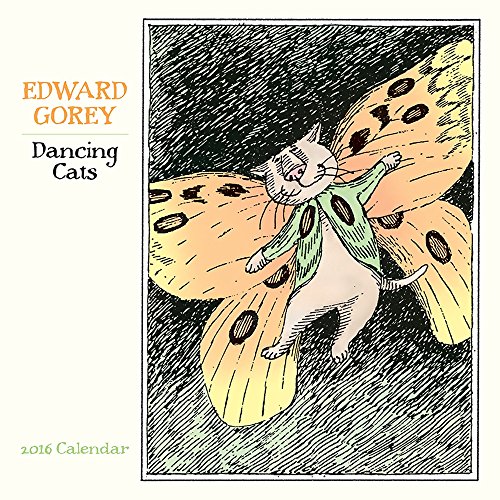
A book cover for Dancing Cats 2016 Calendar; Edward Gorey; Calendars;